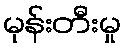
မုန်းတီးမှု